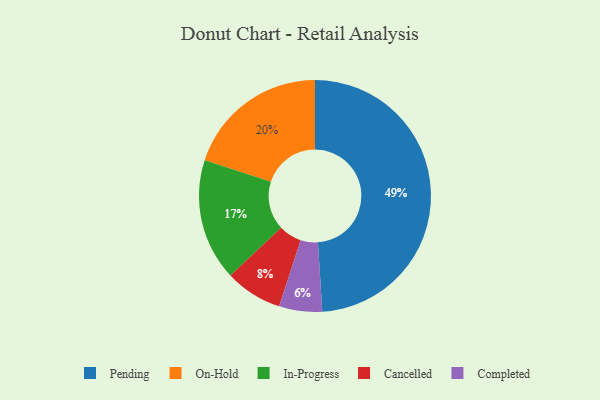
{"axis": {"x": "Category", "y": "Percentage"}, "legend": ["Cancelled", "Completed", "In-Progress", "On-Hold", "Pending"], "data": [{"x": "In-Progress", "y": 17, "type": "In-Progress"}, {"x": "Cancelled", "y": 8, "type": "Cancelled"}, {"x": "On-Hold", "y": 20, "type": "On-Hold"}, {"x": "Pending", "y": 49, "type": "Pending"}, {"x": "Completed", "y": 6, "type": "Completed"}]}